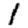
Digit: 1